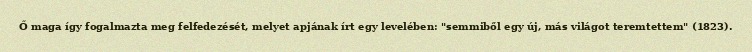
Ő maga így fogalmazta meg felfedezését, melyet apjának írt egy levelében: "semmiből egy új, más világot teremtettem" (1823).